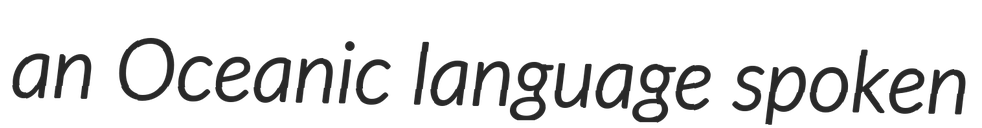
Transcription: an Oceanic language spoken